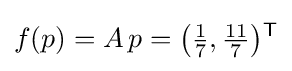
f(p)=A\!\ p={\big (}{\tfrac {1}{7}},{\tfrac {11}{7}}{\big )}{}^{\mathsf {T}}